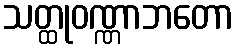
သတ္ထုဝဏ္ဏာဘတော